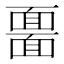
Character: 𩈲